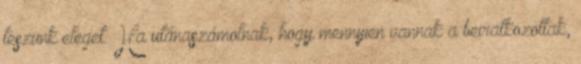
teszünk eleget. Ha utánaszámolnak, hogy mennyien vannak a beiratkozottak,